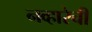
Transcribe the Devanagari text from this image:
नव्हारेची